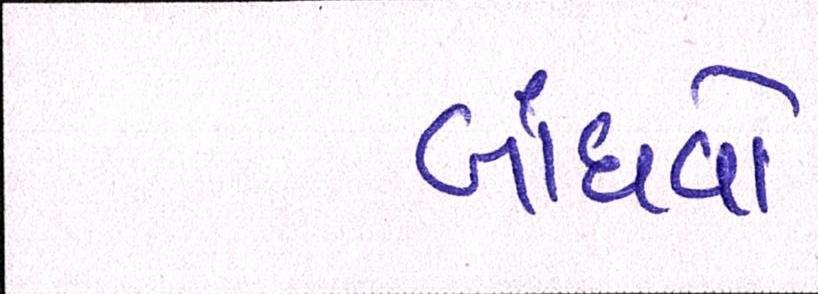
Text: બાંધવો